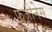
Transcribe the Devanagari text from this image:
फ़ज़ीनेस